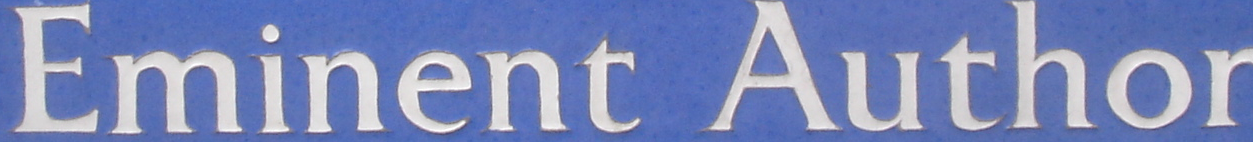
Eminent Author